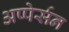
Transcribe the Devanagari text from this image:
अप्पेर्सन